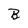
Character: B